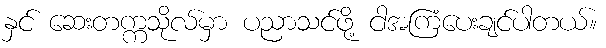
နှင် ဆေးတက္ကသိုလ်မှာ ပညာသင်ဖို့ ငါအကြံပေးချင်ပါတယ်။